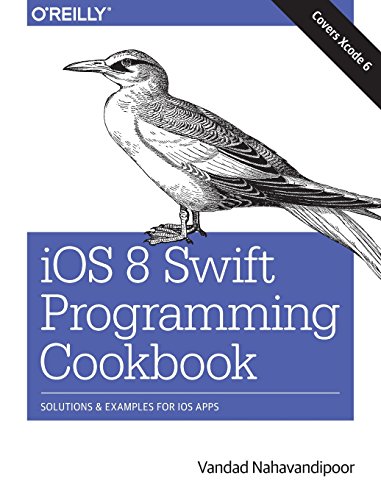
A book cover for iOS 8 Swift Programming Cookbook: Solutions & Examples for iOS Apps; Vandad Nahavandipoor; Computers & Technology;